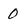
Character: 0